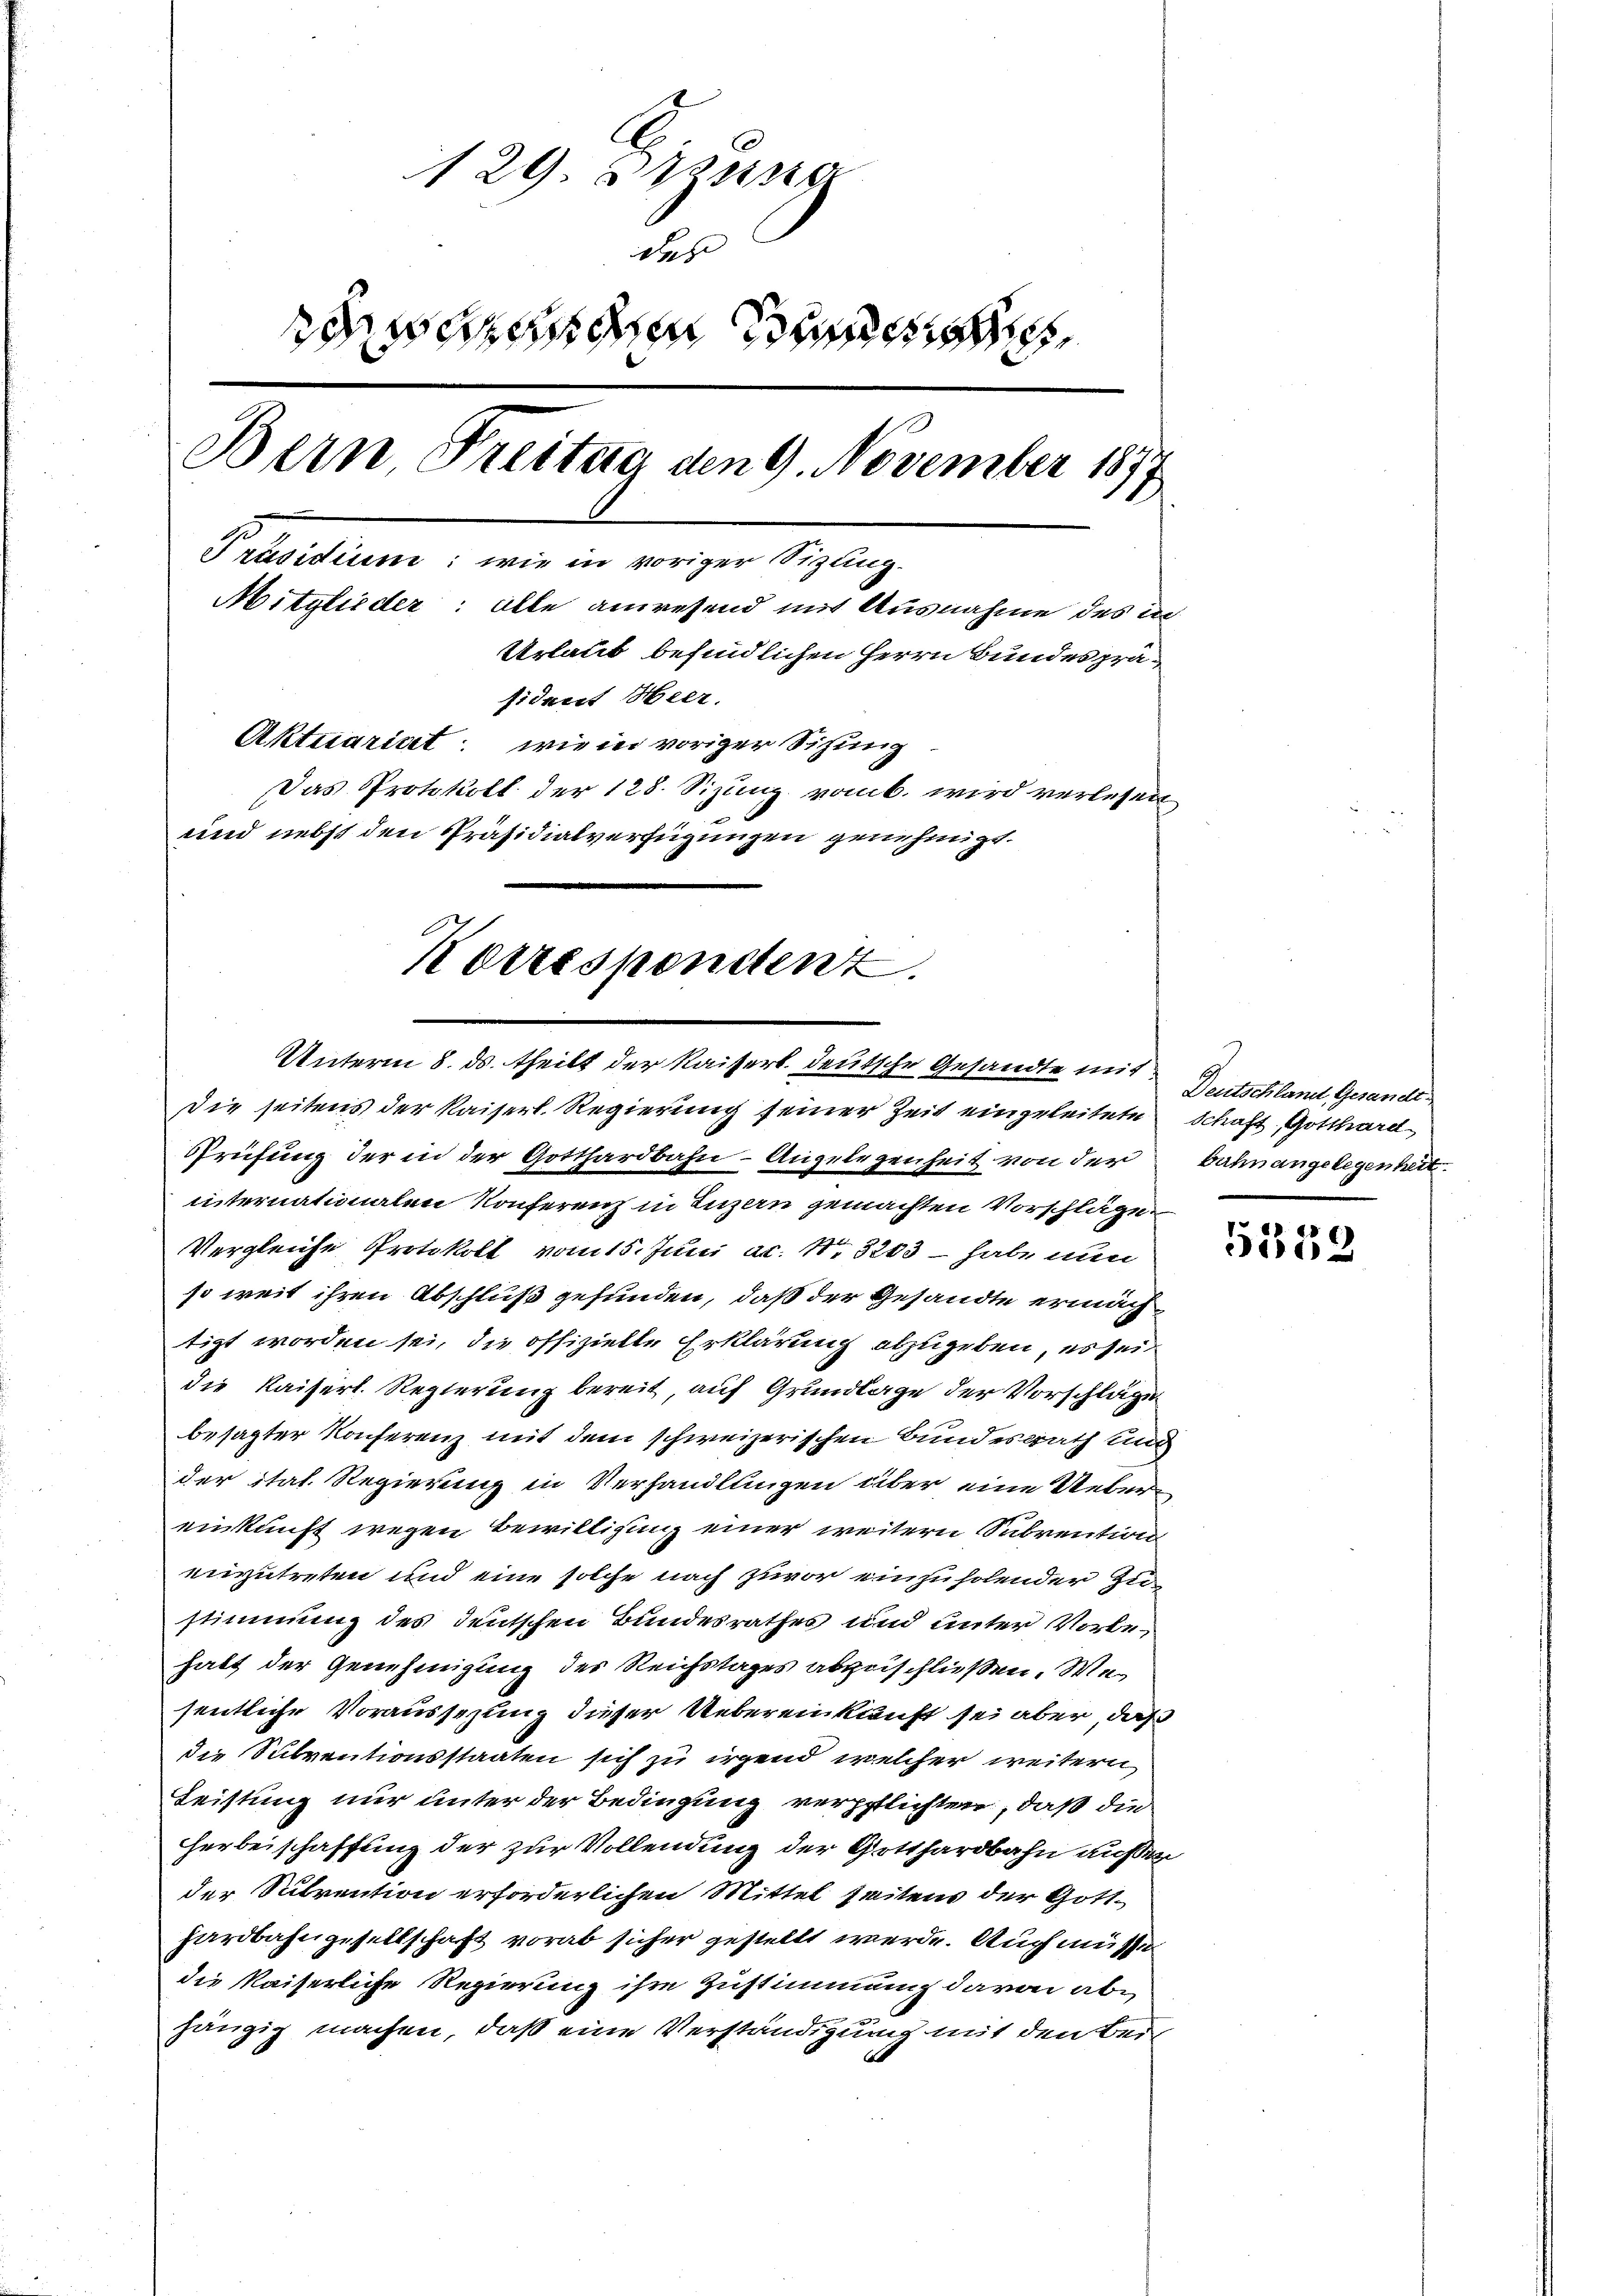
129 un
des

Bern Freitag den 9. November 187
1
Präsidium: wie in voriger Sizung.
Mitglieder: alte anwesend mit Ausnahme des in
Urlaub befindlichen Herrn Bundespräfident Heer.
Aktuariat wie in voriger Sitzung
Das Protokoll der 128. Sizung vom b. wird verlesen
und nebst den Präsidialverfügungen genehmigt.

Korrespondenz.
Unterm 8. ds. theilt der Kaisert deutsche Gesandte mit

Die seitens der Kaiserl. Regierung seiner Zeit eingeleitete Schaft, Gotthard
Prüfung der in der Gotthardbahn-Angelegenheit von der bahnangelegenheit
internationalen Konferenz in Luzern gemachten Vorschläge
Vergleiche Protokoll vom 15. Juni ac. No. 3203 – habe nun
so weit ihren Abschluß gefunden, daß der Gesandte ermächtigt worden sei, die offizielle Erklärung abzugeben, es sei
die Kaiserl. Regierung bereit, auf Grundlage der Vorschläge
besagter Konferenz mit dem schweizerischen Bundesrath und
der Stat. Regierung in Verhandlungen über eine Uebereinkunft wegen Bewilligung einer weitern Subvention
einzutreten und eine solche nach zuvor einzuholender Zustimmung des deutschen Bundesrathes und unter Vorbehabt der Genehmigung des Reichstages abzuschließen. Wesentliche Voraussezung dieser Uebereinkunft sei aber, daß
die Subventionsstaaten sich zu irgend welcher weitern
Leistung nur unter der Bedingung verpflichten, daß die
herbeischaffung der zur Vollendung der Gotthardbahn außer
der Subvention erforderlichen Mittel seitens der Gotthardbahngesellschaft vorab sicher gestellt werde. Auch müsse
die Kaiserliche Regierung ihre Zustimmung davon abe
hängig machen, daß eine Verständigung mit den Bei¬

Deutschland Gesandt¬

5559